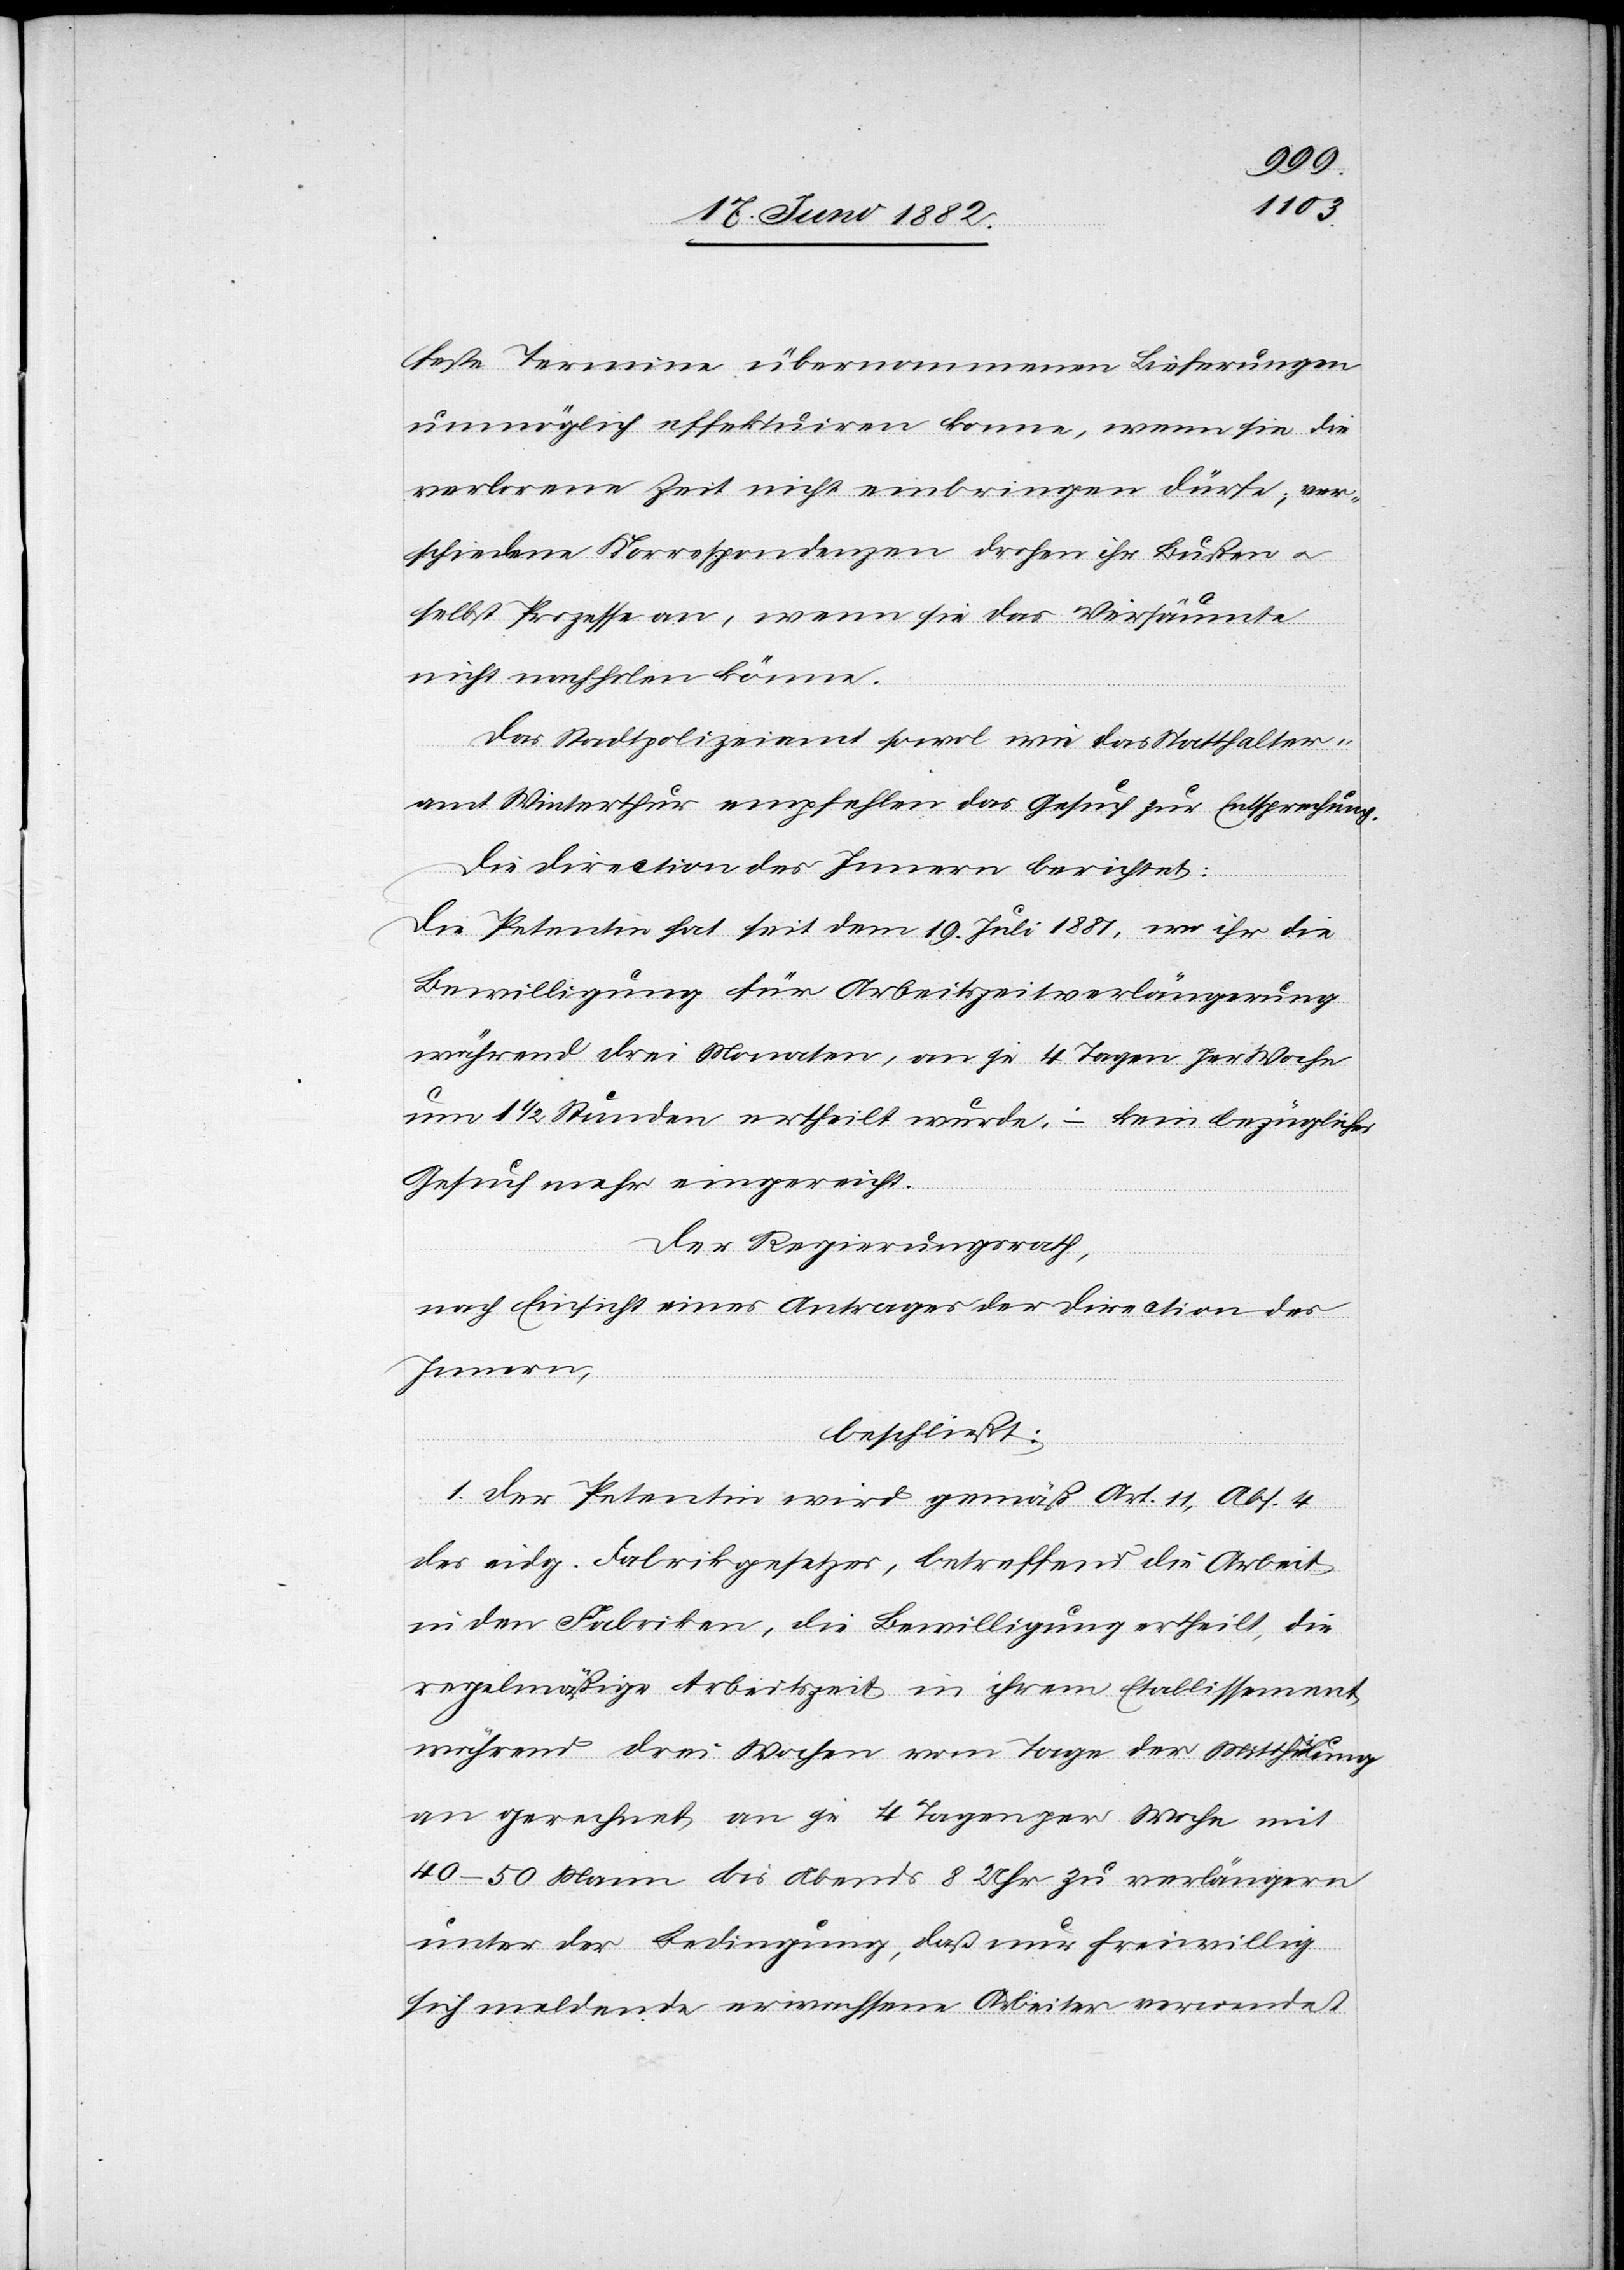
feste Termine übernommenen Lieferungen
unmöglich effektuiren könne, wenn sie die
verlorene Zeit nicht einbringen dürfe; ver¬
schiedene Korrespondenzen drohen ihr Bußen u.
selbst Prozesse an, wenn sie das Versäumte
nicht nachholen könne.
Das Stadtpolizeiamt sowol wie das Statthalter¬
amt Winterthur empfehlen das Gesuch zur Entsprechung.
Die Direction des Innern berichtet:
Die Petentin hat seit dem 19. Juli 1881, wo ihr die
Bewilligung für Arbeitszeitverlängerung
während drei Monaten, an je 4 Tagen per Woche
um 1 1/2 Stunde ertheilt wurde, – kein bezügliches
Gesuch mehr eingereicht.
Der Regierungsrath,
nach Einsicht eines Antrages der Direction des
Innern,
beschließt:
1. Der Petentin wird gemäß Art. 11, Abs. 4
des eidg. Fabrikgesetzes, betreffend die Arbeit
in den Fabriken, die Bewilligung ertheilt, die
regelmäßige Arbeitszeit in ihrem Etablissement
während drei Wochen vom Tage der Mittheilung
an gerechnet, an je 4 Tagen per Woche mit
40–50 Mann bis Abends 8 Uhr zu verlängern
unter der Bedingung, daß nur freiwillig
sich meldende erwachsene Arbeiter verwendet